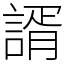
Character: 諝